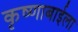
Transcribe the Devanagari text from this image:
कृष्णाबाईला